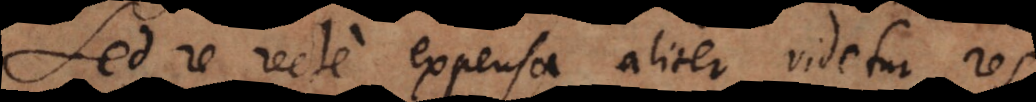
Sed re recte expensa aliter videtur res